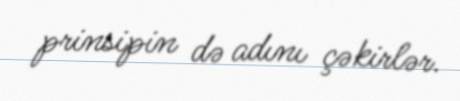
prinsipin də adını çəkirlər.